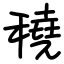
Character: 穘